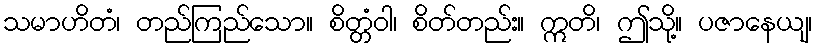
သမာဟိတံ၊ တည်ကြည်သော။ စိတ္တံဝါ၊ စိတ်တည်း။ ဣတိ၊ ဤသို့။ ပဇာနေယျ၊